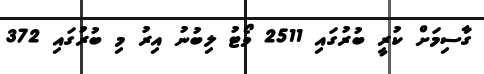
ގާސިމަށް ކުރީ ބުރުގައި 2511 ވޯޓު ލިބުނު އިރު މި ބުރުގައި 372